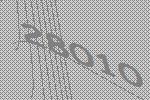
28010